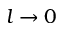
l \rightarrow 0